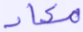
معاد